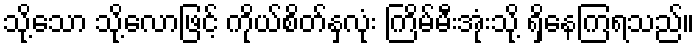
သို့သော သို့လောဖြင့် ကိုယ်စိတ်နှလုံး ကြိမ်မီးအုံးသို့ ရှိနေကြရသည်။